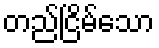
တည်ငြိမ်သော